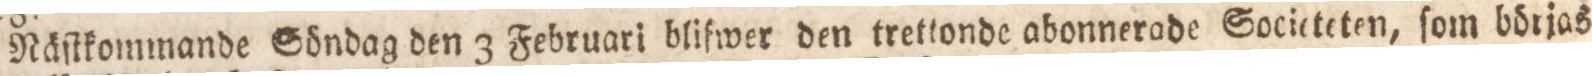
Näſtkommande Söndag den 3 Februari blifwer den trettonde abonnerade Societeteten, ſom börjas